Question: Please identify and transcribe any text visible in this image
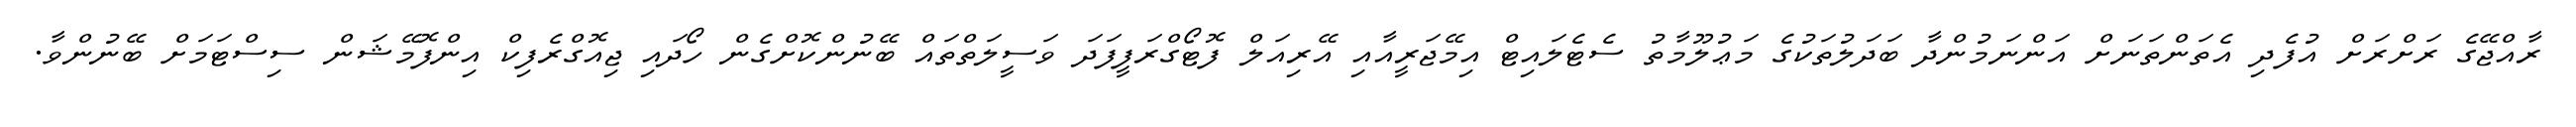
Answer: ރާއްޖޭގެ ރަށްރަށް އުފެދި އެތަންތަނަށް އަންނަމުންދާ ބަދަލުތަކުގެ މަޢުލޫމާތު ސެޓެލައިޓް އިމޭޖަރީއާއި އޭރިއަލް ފޮޓޯގްރަފީފަދަ ވަސީލަތްތައް ބޭނުންކޮށްގެން ހޯދައި ޖިއޮގްރެފިކް އިންފޮމޭޝަން ސިސްޓަމަށް ބޭނުންވާ.